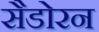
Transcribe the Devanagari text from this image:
सैडोरन